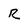
Character: R